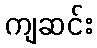
ကျဆင်း